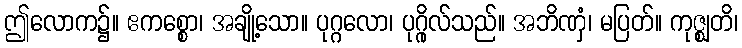
ဤလောက၌။ ဧကစ္စော၊ အချို့သော။ ပုဂ္ဂလော၊ ပုဂ္ဂိုလ်သည်။ အဘိဏှံ၊ မပြတ်။ ကုဇ္ဈတိ၊